Report of the Indian Hemp Drugs Commission, 1894-1895 - Volume VII
Year: 1894
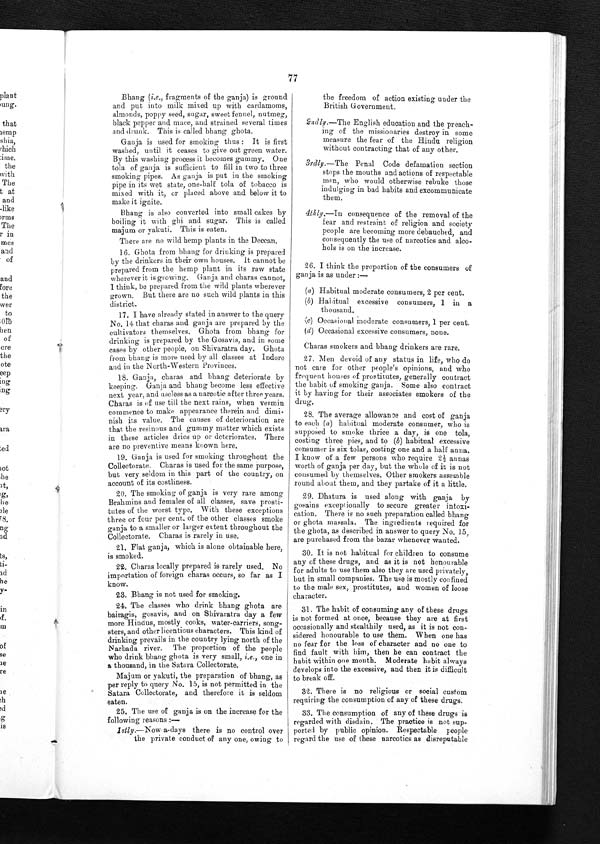
77
Bhang ( i.e ., fragments of the ganja) is ground
and put into milk mixed up with cardamoms,
almonds, poppy seed, sugar, sweet fennel, nutmeg,
black pepper and mace, and strained several times
and drunk. This is called bhang ghota.
Ganja is used for smoking thus: It is first
washed, until it ceases to give out green water.
By this washing process it becomes gummy. One
tola of ganja is sufficient to fill in two to three
smoking pipes. As ganja is put in the smoking
pipe in its wet state, one-half tola of tobacco is
mixed with it, or placed above and below it to
make it ignite.
Bhang is also converted into small cakes by
boiling it with ghi and sugar. This is called
majum or yakuti. This is eaten.
There are no wild hemp plants in the Deccan.
16. Ghota from bhang for drinking is prepared
by the drinkers in their own houses. It cannot be
prepared from the hemp plant in its raw state
wherever it is growing. Ganja and charas cannot,
I think, be prepared from the wild plants wherever
grown. But there are no such wild plants in this
district.
17. I have already stated in answer to the query
No. 14 that charas and ganja are prepared by the
cultivators themselves. Ghota from bhang for
drinking is prepared by the Gosavis, and in some
cases by other people, on Shivaratra day. Ghota
from bhang is more used by all classes at Indore
and in the North-Western Provinces.
18. Ganja, charas and bhang deteriorate by
keeping. Ganja and bhang become less effective
next year, and useless as a narcotic after three years.
Charas is of use till the next rains, when vermin
commence to make appearance therein and dimi
-
nish its value. The causes of deterioration are
that the resinous and gummy matter which exists
in these articles dries up or deteriorates. There
are no preventive means known here.
19. Ganja is used for smoking throughout the
Collectorate. Charas is used for the same purpose,
but very seldom in this part of the country, on
account of its costliness.
20. The smoking of ganja is very rare among
Brahmins and females of all classes, save prosti
-
tutes of the worst type, With these exceptions
three or four per cent. of the other classes smoke
ganja to a smaller or larger extent throughout the
Collectorate. Charas is rarely in use,
21. Flat ganja, which is alone obtainable here,
is smoked.
22. Charas locally prepared is rarely used. No
importation of foreign charas occurs, so far as
I
know.
23. Bhang is not used for smoking.
24. The classes who drink bhang ghota are
bairagis, gosavis, and on Shivaratra day a few
more Hindus, mostly cooks, water-carriers, song
-
sters, and other licentious characters. This kind of
drinking prevails in the country lying north of the
Narbada river. The proportion of the people
who drink bhang ghota is very small, i.e. , one in
a thousand, in the Satara Collectorate.
Majum or yakuti, the preparation of bhang, as
per reply to query No. 15, is not permitted in the
Satara Collectorate, and therefore it is seldom
eaten.
25. The use of ganja is on the increase for the
following reasons:—
1stly.—Now a-days there is no control over
the private conduct of any one, owing to
the freedom of action existing under the
British Government.
2ndly.— The English education and the preach
-
ing of the missionaries destroy in some
measure the fear of the Hindu religion
without contracting that of any other.
3rdly.— The Penal Code defamation section
stops the mouths and actions of respectable
men, who would otherwise rebuke those
indulging in bad habits and excommunicate
them.
4thly.—In consequence of the removal of the
fear and restraint of religion and society
people are becoming more debauched, and
consequently the use of narcotics and alco
-
hols is on the increase.
26. I think the proportion of the consumers of
ganja is as under : —
(a) Habitual moderate consumers, 2 per cent.
( b ) Habitual excessive consumers, 1 in a
thousand.
(c) Occasional moderate consumers, 1 per cent.
( d ) Occasional excessive consumers, none.
Charas smokers and bhang drinkers are rare.
27. Men devoid of any status in life, who do
not care for other people's opinions, and who
frequent houses of prostitutes, generally contract
the habit of smoking ganja. Some also contract
it by having for their associates smokers of the
drug.
28. The average allowance and cost of ganja
to each ( a ) habitual moderate consumer, who is
supposed to smoke thrice a day, is one tola,
costing three pies, and to (b) habitual excessive
consumer is six tolas, costing one and a half anna.
I know of a few persons who require 2½ annas
worth of ganja per day, but the whole of it is not
consumed themselves. Other smokers assemble
round about them, and they partake of it a little.
29. Dhatura is used along with ganja by
gosains exceptionally to secure greater intoxi-
- c a t i o n . T h e r e i s n o s u c h p r e p a r a t i o n c a l l e d b h a n g
or ghota massala. The ingredients required for
the ghota, as described in answer to query No. 15,
are purchased from the bazar whenever wanted.
30. It is not habitual for children to consume
any of these drugs, and as it is not honourable
for adults to use them also they are used privately,
but in small companies. The use is mostly confined
to the male sex, prostitutes, and women of loose
character.
31. The habit of consuming any of these drugs
is not formed at once, because they are at first
occasionally and stealthily used, as it is not con
-
sidered honourable to use them. When one has
no fear for the loss of character and no one to
find fault with him, then he can contract the
habit within one mouth. Moderate habit always
develops into the excessive, and then it is difficult
to break off.
32. There is no religious or social custom
requiring the consumption of any of these drugs.
33. The consumption of any of these drugs is
regarded with disdain. The practice is not sup
-
ported by public opinion. Respectable people
regard the use of these narcotics as disreputable